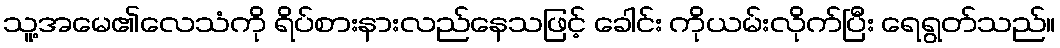
သူ့အမေ၏လေသံကို ရိပ်စားနားလည်နေသဖြင့် ခေါင်း ကိုယမ်းလိုက်ပြီး ရေရွတ်သည်။